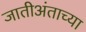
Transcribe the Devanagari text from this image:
जातीअंताच्या